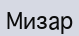
Мизар